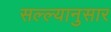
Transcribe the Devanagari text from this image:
सल्ल्‍यानुसार